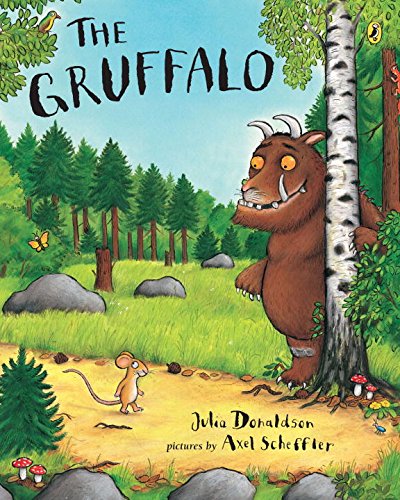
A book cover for The Gruffalo; Julia Donaldson; Literature & Fiction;